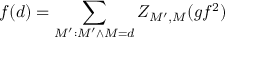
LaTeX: f ( d ) = \sum _ { M ^ { \prime } : M ^ { \prime } \wedge M = d } Z _ { M ^ { \prime } , M } ( g f ^ { 2 } )